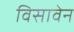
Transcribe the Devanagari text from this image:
विसावेन